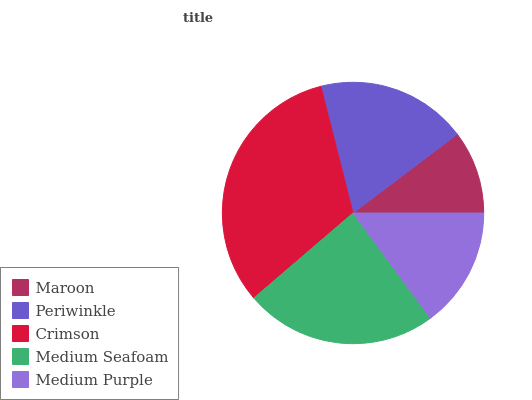
| Maroon | Periwinkle | Crimson | Medium Seafoam | Medium Purple |
 | --- | --- | --- | --- | --- |
 | 10.3% | 18.6% | 32.3% | 23.9% | 14.9% |